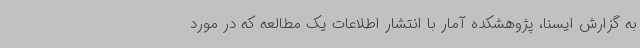
به گزارش ایسنا، پژوهشکده آمار با انتشار اطلاعات یک مطالعه که در مورد